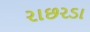
રાછરડા